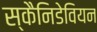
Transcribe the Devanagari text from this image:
स्कैनिडेवियन